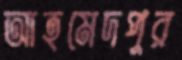
আহমেদপুর